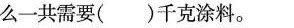
么一共需要( )千克涂料。